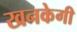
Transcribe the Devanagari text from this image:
खनकेगी